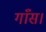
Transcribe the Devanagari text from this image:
गाँस।